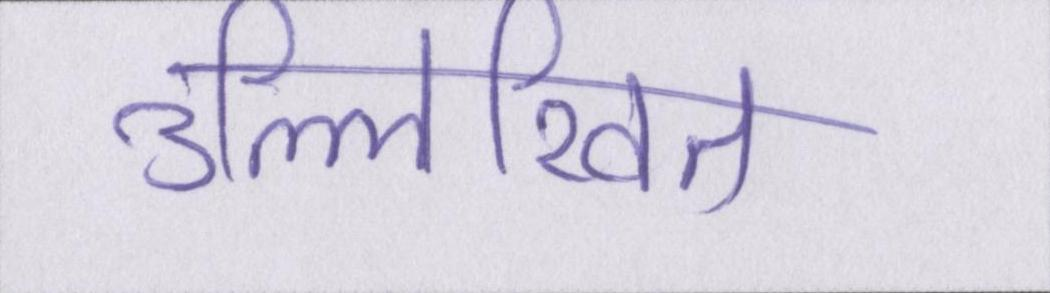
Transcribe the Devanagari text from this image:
उल्लिखित